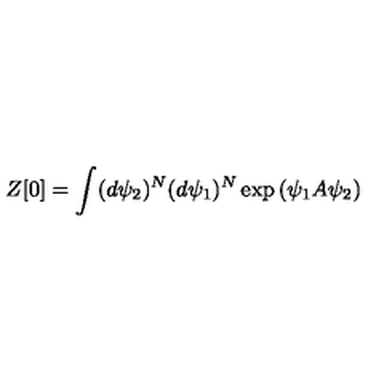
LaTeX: Z [ 0 ] = \int ( d \psi _ { 2 } ) ^ { N } ( d \psi _ { 1 } ) ^ { N } \exp { \left( \psi _ { 1 } A \psi _ { 2 } \right) }